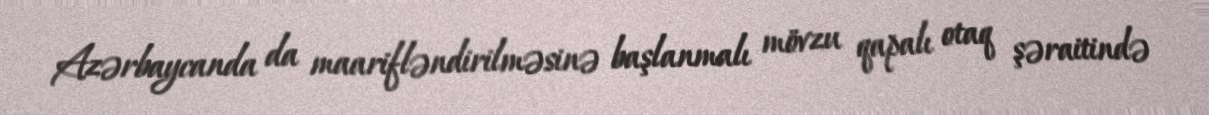
Azərbaycanda da maarifləndirilməsinə başlanmalı mövzu qapalı otaq şəraitində